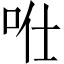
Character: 𠱊